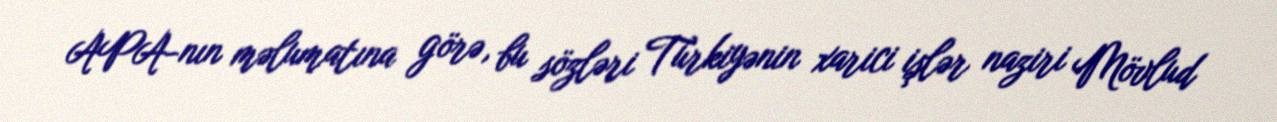
APA-nın məlumatına görə, bu sözləri Türkiyənin xarici işlər naziri Mövlud